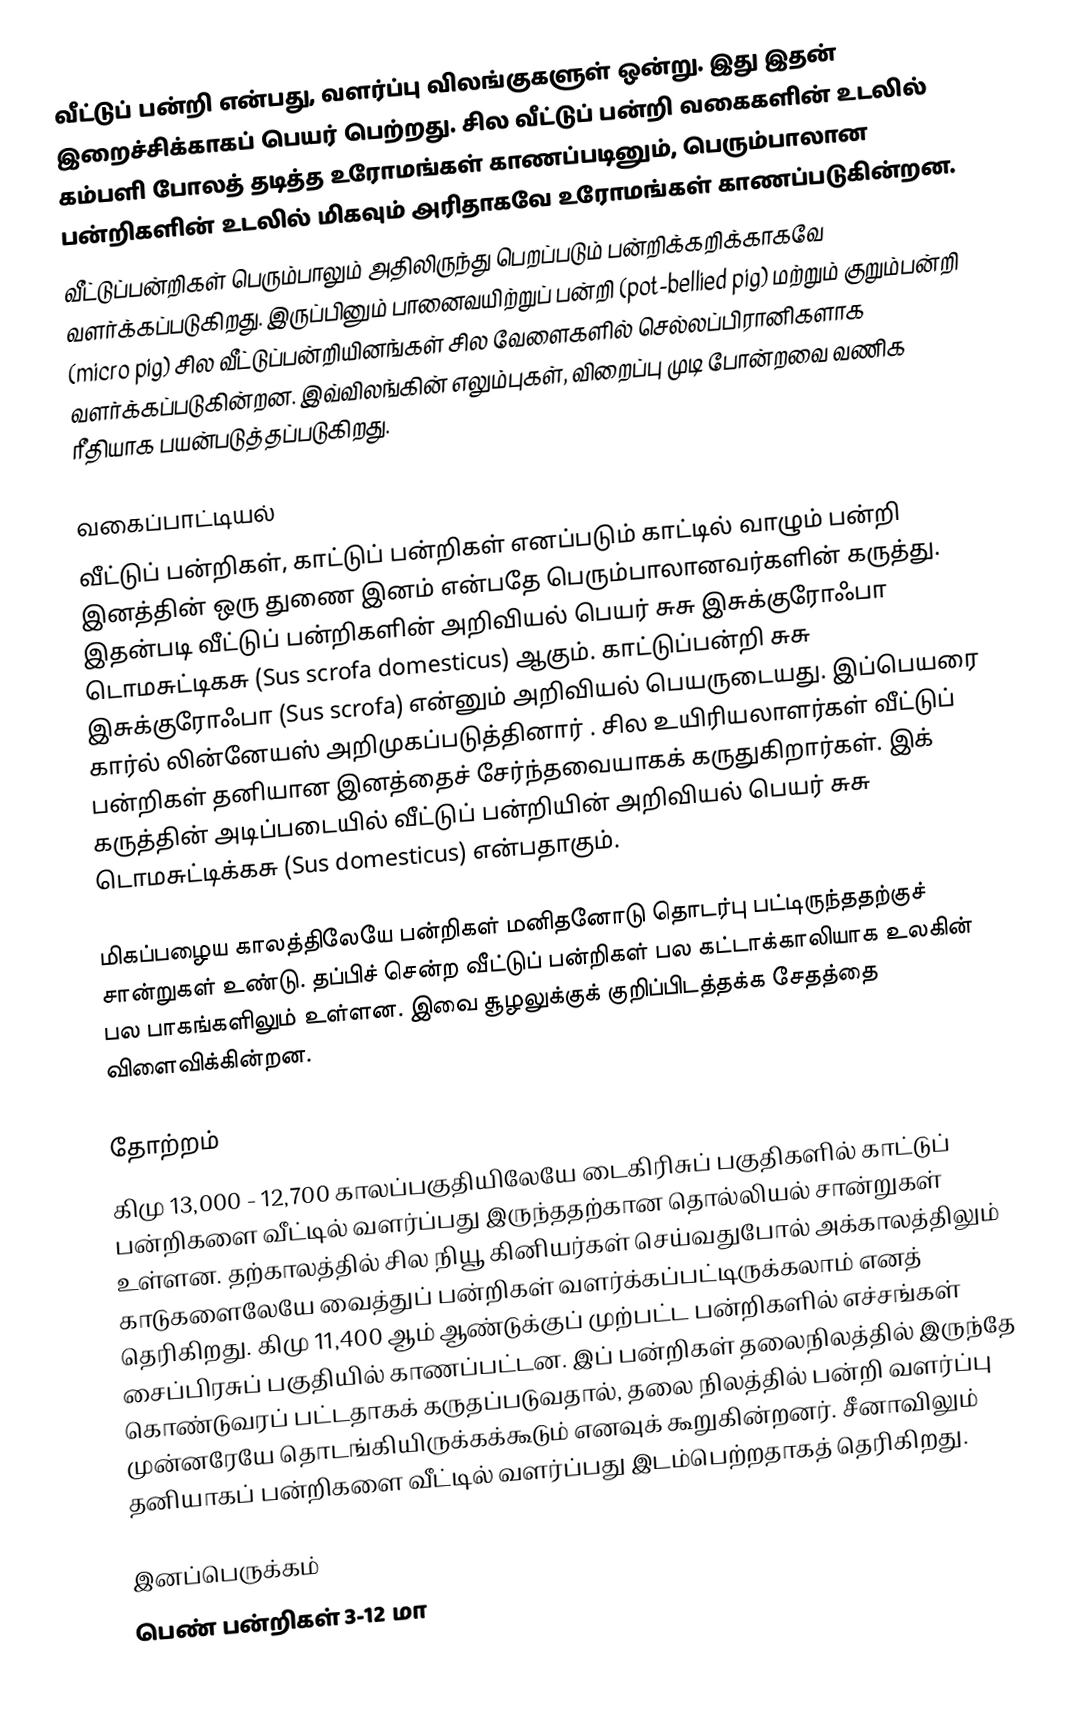
வீட்டுப் பன்றி என்பது, வளர்ப்பு விலங்குகளுள் ஒன்று. இது இதன் இறைச்சிக்காகப் பெயர் பெற்றது. சில வீட்டுப் பன்றி வகைகளின் உடலில் கம்பளி போலத் தடித்த உரோமங்கள் காணப்படினும், பெரும்பாலான பன்றிகளின் உடலில் மிகவும் அரிதாகவே உரோமங்கள் காணப்படுகின்றன.
வீட்டுப்பன்றிகள் பெரும்பாலும் அதிலிருந்து பெறப்படும் பன்றிக்கறிக்காகவே வளர்க்கப்படுகிறது. இருப்பினும் பானைவயிற்றுப் பன்றி (pot-bellied pig) மற்றும் குறும்பன்றி (micro pig)  சில வீட்டுப்பன்றியினங்கள் சில வேளைகளில் செல்லப்பிரானிகளாக வளர்க்கப்படுகின்றன. இவ்விலங்கின் எலும்புகள், விறைப்பு முடி போன்றவை வணிக ரீதியாக பயன்படுத்தப்படுகிறது.

வகைப்பாட்டியல்
வீட்டுப் பன்றிகள், காட்டுப் பன்றிகள் எனப்படும் காட்டில் வாழும் பன்றி இனத்தின் ஒரு துணை இனம் என்பதே பெரும்பாலானவர்களின் கருத்து. இதன்படி வீட்டுப் பன்றிகளின் அறிவியல் பெயர் சுசு இசுக்குரோஃபா டொமசுட்டிகசு (Sus scrofa domesticus) ஆகும்.    காட்டுப்பன்றி சுசு இசுக்குரோஃபா (Sus scrofa) என்னும் அறிவியல் பெயருடையது. இப்பெயரை கார்ல் லின்னேயஸ் அறிமுகப்படுத்தினார் . சில உயிரியலாளர்கள் வீட்டுப் பன்றிகள் தனியான இனத்தைச் சேர்ந்தவையாகக் கருதுகிறார்கள். இக் கருத்தின் அடிப்படையில் வீட்டுப் பன்றியின் அறிவியல் பெயர் சுசு டொமசுட்டிக்கசு (Sus domesticus) என்பதாகும்.

மிகப்பழைய காலத்திலேயே பன்றிகள் மனிதனோடு தொடர்பு பட்டிருந்ததற்குச் சான்றுகள் உண்டு. தப்பிச் சென்ற வீட்டுப் பன்றிகள் பல கட்டாக்காலியாக உலகின் பல பாகங்களிலும் உள்ளன. இவை சூழலுக்குக் குறிப்பிடத்தக்க சேதத்தை விளைவிக்கின்றன.

தோற்றம்
கிமு 13,000 - 12,700 காலப்பகுதியிலேயே டைகிரிசுப் பகுதிகளில் காட்டுப் பன்றிகளை வீட்டில் வளர்ப்பது இருந்ததற்கான தொல்லியல் சான்றுகள் உள்ளன. தற்காலத்தில் சில நியூ கினியர்கள் செய்வதுபோல் அக்காலத்திலும் காடுகளைலேயே வைத்துப் பன்றிகள் வளர்க்கப்பட்டிருக்கலாம் எனத் தெரிகிறது. கிமு 11,400 ஆம் ஆண்டுக்குப் முற்பட்ட பன்றிகளில் எச்சங்கள் சைப்பிரசுப் பகுதியில் காணப்பட்டன. இப் பன்றிகள் தலைநிலத்தில் இருந்தே கொண்டுவரப் பட்டதாகக் கருதப்படுவதால், தலை நிலத்தில் பன்றி வளர்ப்பு முன்னரேயே தொடங்கியிருக்கக்கூடும் எனவுக் கூறுகின்றனர். சீனாவிலும் தனியாகப் பன்றிகளை வீட்டில் வளர்ப்பது இடம்பெற்றதாகத் தெரிகிறது.

இனப்பெருக்கம்
பெண் பன்றிகள் 3-12 மா